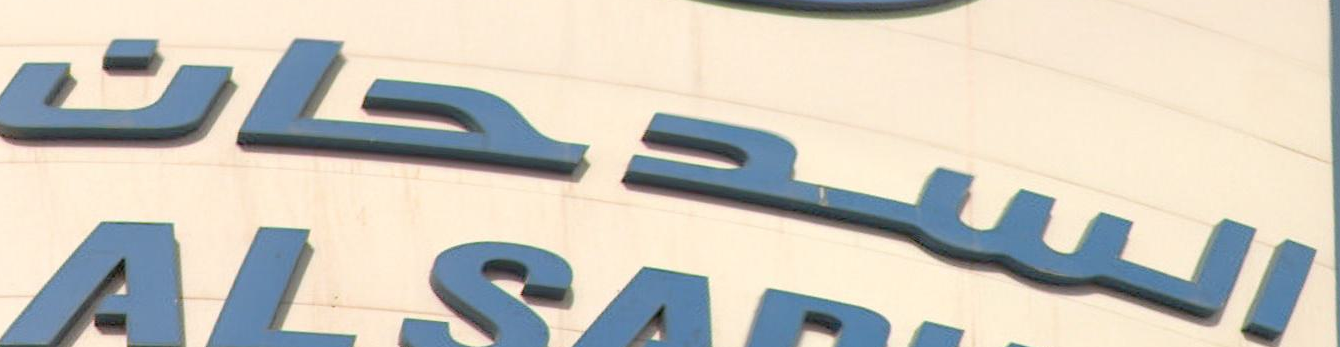
السدحان